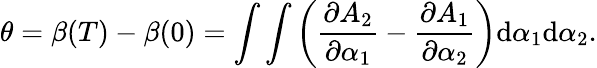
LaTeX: \theta=\beta(T)-\beta(0)=\int\int\left(\frac{\partial A_{2}}{\partial\alpha_{1}}-\frac{\partial A_{1}}{\partial\alpha_{2}}\right)\textrm{d}{\alpha}_{1}\textrm{d}{\alpha}_{2}.